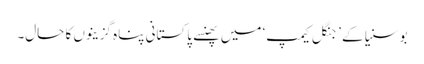
بوسنیا کے ’جنگل کیمپ‘ میں پھنسے پاکستانی پناہ گزینوں کا حال۔